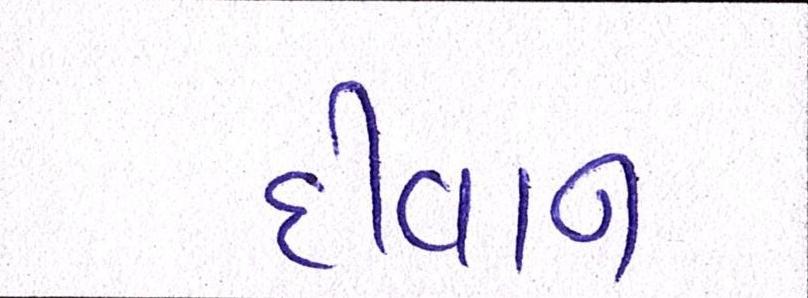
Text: દીવાન